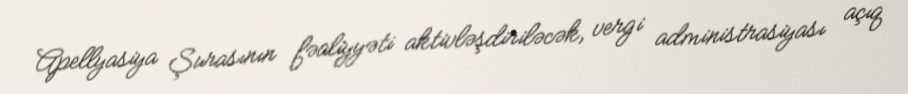
Apellyasiya Şurasının fəaliyyəti aktivləşdiriləcək, vergi administrasiyası açıq